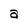
Character: a